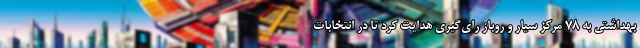
بهداشتی به 78 مرکز سیار و روباز رای‌گیری هدایت کرد تا در انتخابات